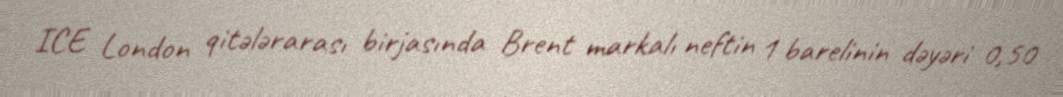
ICE London qitələrarası birjasında Brent markalı neftin 1 barelinin dəyəri 0,50